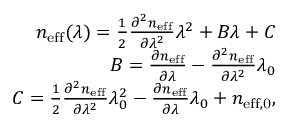
\begin{array} { r } { n _ { \mathrm { e f f } } ( \lambda ) = \frac { 1 } { 2 } \frac { \partial ^ { 2 } n _ { \mathrm { e f f } } } { \partial \lambda ^ { 2 } } \lambda ^ { 2 } + B \lambda + C } \\ { B = \frac { \partial n _ { \mathrm { e f f } } } { \partial \lambda } - \frac { \partial ^ { 2 } n _ { \mathrm { e f f } } } { \partial \lambda ^ { 2 } } \lambda _ { 0 } } \\ { C = \frac { 1 } { 2 } \frac { \partial ^ { 2 } n _ { \mathrm { e f f } } } { \partial \lambda ^ { 2 } } \lambda _ { 0 } ^ { 2 } - \frac { \partial n _ { \mathrm { e f f } } } { \partial \lambda } \lambda _ { 0 } + n _ { \mathrm { e f f , 0 } } , } \end{array}